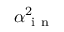
\alpha _ { \mathrm { ~ i ~ n ~ } } ^ { 2 }